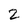
Character: 2